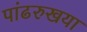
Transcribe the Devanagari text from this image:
पांढरुखया